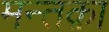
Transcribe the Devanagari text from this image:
मन्तक़ा